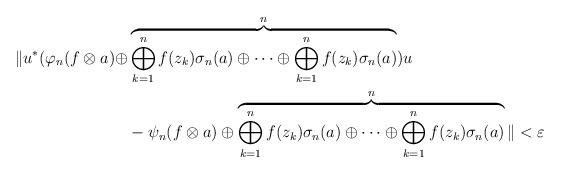
LaTeX: \begin{align*} \| u^{*}(\varphi_n(f\otimes a) \oplus & \overbrace{\bigoplus_{k=1}^n f(z_k)\sigma_n (a) \oplus \cdots \oplus\bigoplus_{k=1}^n f(z_k)\sigma_n (a) }^n) u \\& - \psi_n(f\otimes a)\oplus \overbrace{\bigoplus_{k=1}^n f(z_k)\sigma_n (a) \oplus \cdots \oplus \bigoplus_{k=1}^n f(z_k)\sigma_n (a)}^n\| < \varepsilon \end{align*}